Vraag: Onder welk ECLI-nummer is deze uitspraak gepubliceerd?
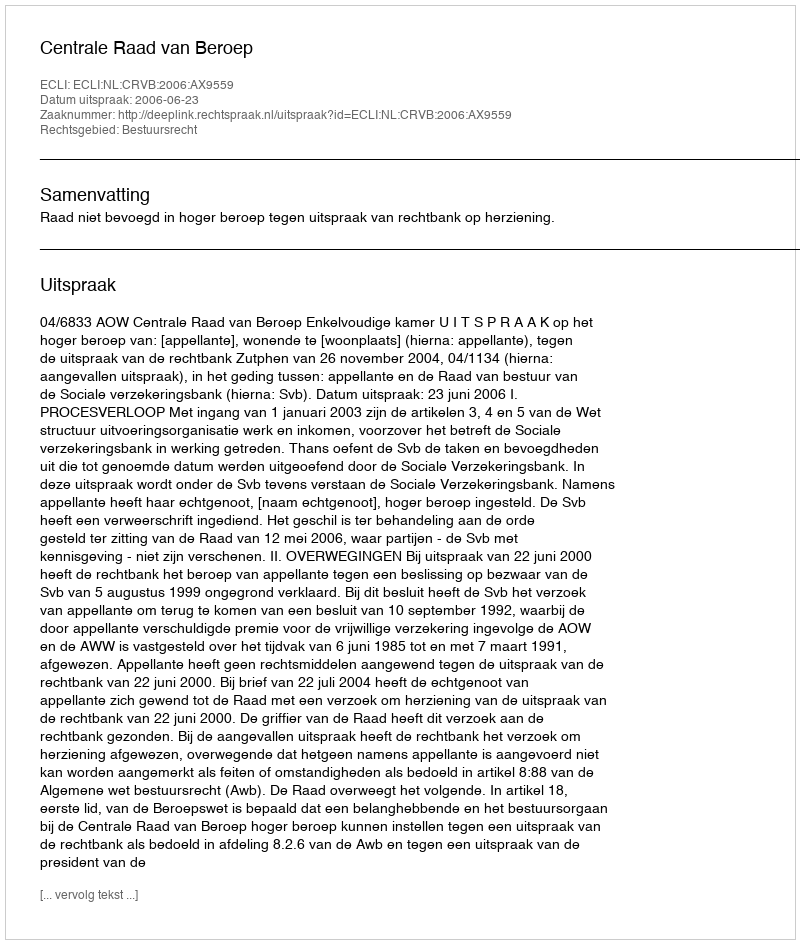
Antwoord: ECLI:NL:CRVB:2006:AX9559